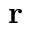
\mathbf { r }